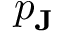
p _ { \mathbf { J } }